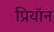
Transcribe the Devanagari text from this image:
प्रियॉन